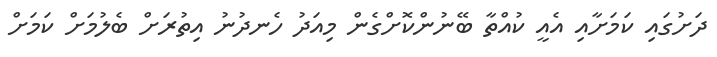
ދަށުގައި ކަމަށާއި އެއީ ކުއްތާ ބޭނުންކޮށްގެން މިއަދު ހެނދުނު އިތުރަށް ބެލުމަށް ކަމަށް